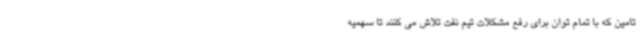
تامین که با تمام توان برای رفع مشکلات تیم نفت تلاش می کنند تا سهمیه